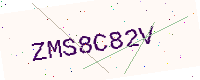
Text: ZMS8C82V